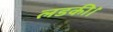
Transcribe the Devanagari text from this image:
लडकी।